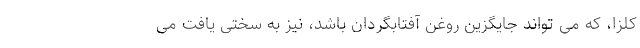
کلزا، که می تواند جایگزین روغن آفتابگردان باشد، نیز به سختی یافت می